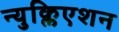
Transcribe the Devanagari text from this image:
न्युक्लिएशन